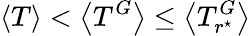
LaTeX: \left<T\right><\left<T^{G}\right>\leq\left<T_{r^{\star}}^{G}\right>